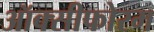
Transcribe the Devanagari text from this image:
ऑक्सीफोरम